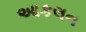
આકલન